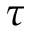
\tau